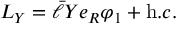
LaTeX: { \cal L } _ { Y } = \bar { \ell } Y e _ { R } \varphi _ { 1 } + { \mathrm h . c . }